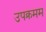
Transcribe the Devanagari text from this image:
उपक्रमम